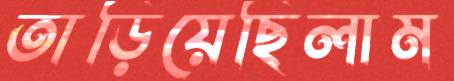
তাড়িয়েছিলাম